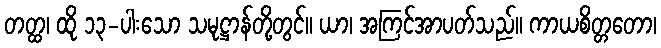
တတ္ထ၊ ထို ၁၃-ပါးသော သမုဋ္ဌာန်တို့တွင်။ ယာ၊ အကြင်အာပတ်သည်။ ကာယစိတ္တတော၊